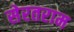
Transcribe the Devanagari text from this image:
सेरतराम